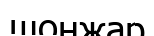
шонжар